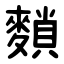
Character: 䵀